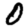
Digit: 0